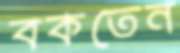
বকতেন